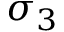
\sigma _ { 3 }